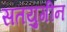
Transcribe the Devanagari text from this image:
सतयुगीन